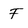
Character: F